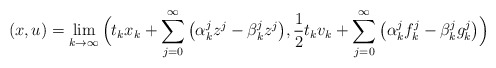
\begin{align*}(x,u)=\lim_{k\to\infty} \Big( t_k x_k + \sum_{j=0}^\infty \big(\alpha^j_k z^j - \beta^j_k z^j\big), \frac{1}{2}t_k v_k + \sum_{j=0}^\infty\big(\alpha^j_k f^j_k - \beta^j_k g^j_k\big) \Big)\end{align*}